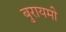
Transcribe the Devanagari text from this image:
बुरायमी